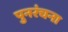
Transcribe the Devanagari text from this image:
पुनरंचना